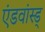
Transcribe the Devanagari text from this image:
एंडवांस्ड्